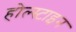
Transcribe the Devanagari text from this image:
होल्स्टाइन